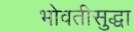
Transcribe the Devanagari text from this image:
भोवतीसुद्धा